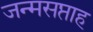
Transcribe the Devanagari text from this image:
जन्मसप्ताह